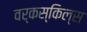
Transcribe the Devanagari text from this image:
वर्कस्किल्स